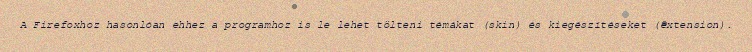
A Firefoxhoz hasonlóan ehhez a programhoz is le lehet tölteni témákat (skin) és kiegészítéseket (extension).